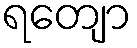
ရတျော